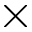
\times